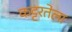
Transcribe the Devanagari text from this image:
कट्टरतेला